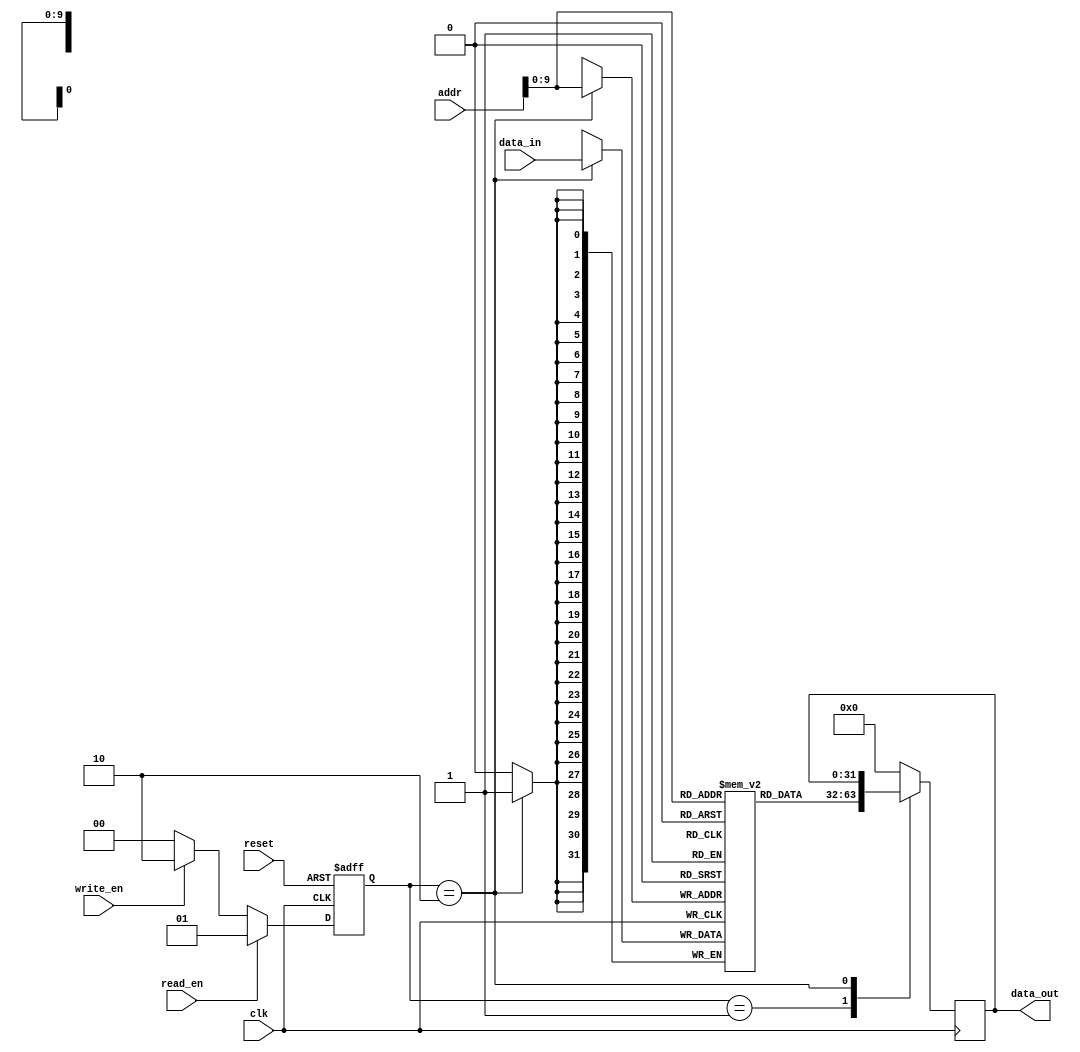
module DDR_SDRAM (
  input wire clk,
  input wire reset,
  input wire read_en,
  input wire write_en,
  input wire [31:0] addr,
  input wire [31:0] data_in,
  output reg [31:0] data_out
);

// Command decoding logic
reg [1:0] command;
always @ (posedge clk or posedge reset) begin
  if (reset) begin
    command <= 2'b00; // Default command
  end else begin
    if (read_en) begin
      command <= 2'b01; // Read command
    end else if (write_en) begin
      command <= 2'b10; // Write command
    end else begin
      command <= 2'b00; // Default command
    end
  end
end

// Data storage and retrieval logic
reg [31:0] memory [0:1023];
always @ (posedge clk) begin
  case (command)
    2'b01: data_out <= memory[addr]; // Read operation
    2'b10: memory[addr] <= data_in; // Write operation
    default: data_out <= 32'h00000000; // Default operation
  endcase
end

// Refresh mechanism
reg [12:0] refresh_counter;
always @ (posedge clk) begin
  if (refresh_counter == 13'd8191) begin
    // Refresh memory blocks
    refresh_counter <= 13'd0;
  end else begin
    refresh_counter <= refresh_counter + 13'd1;
  end
end

// Error checking and correction mechanisms
// To be implemented

// Power saving modes
// To be implemented

endmodule